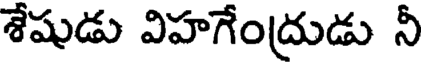
శేషుడు విహగేంద్రుడు నీ